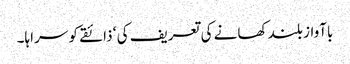
باآواز بلند کھانے کی تعریف کی ‘ ذائقے کو سراہا۔